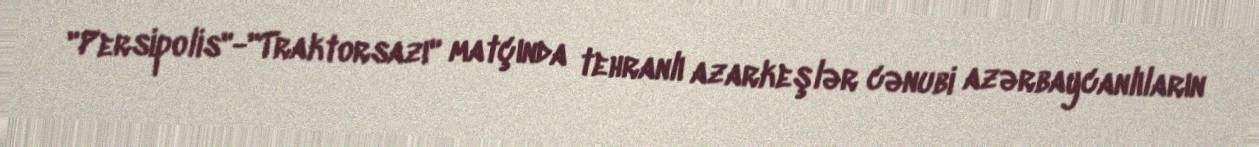
"Persipolis"-"Traktorsazı" matçında tehranlı azarkeşlər cənubi azərbaycanlıların